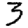
Digit: 3